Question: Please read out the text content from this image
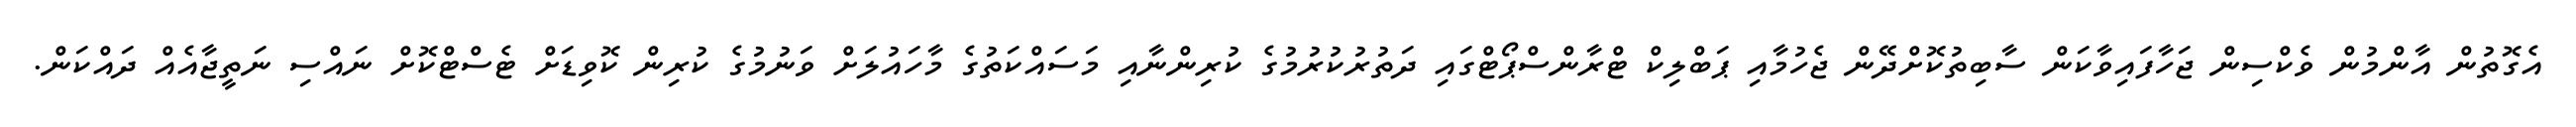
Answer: އެގޮތުން އާންމުން ވެކްސިން ޖަހާފައިވާކަން ސާބިތުކޮށްދޭން ޖެހުމާއި ޕަބްލިކް ޓްރާންސްޕޯޓްގައި ދަތުރުކުރުމުގެ ކުރިންނާއި މަސައްކަތުގެ މާހައުލަށް ވަނުމުގެ ކުރިން ކޮވިޑަށް ޓެސްޓްކޮށް ނައްސި ނަތީޖާއެއް ދައްކަން.